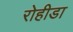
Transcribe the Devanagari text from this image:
रोहीडा